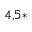
^ { 4 , 5 \ast }